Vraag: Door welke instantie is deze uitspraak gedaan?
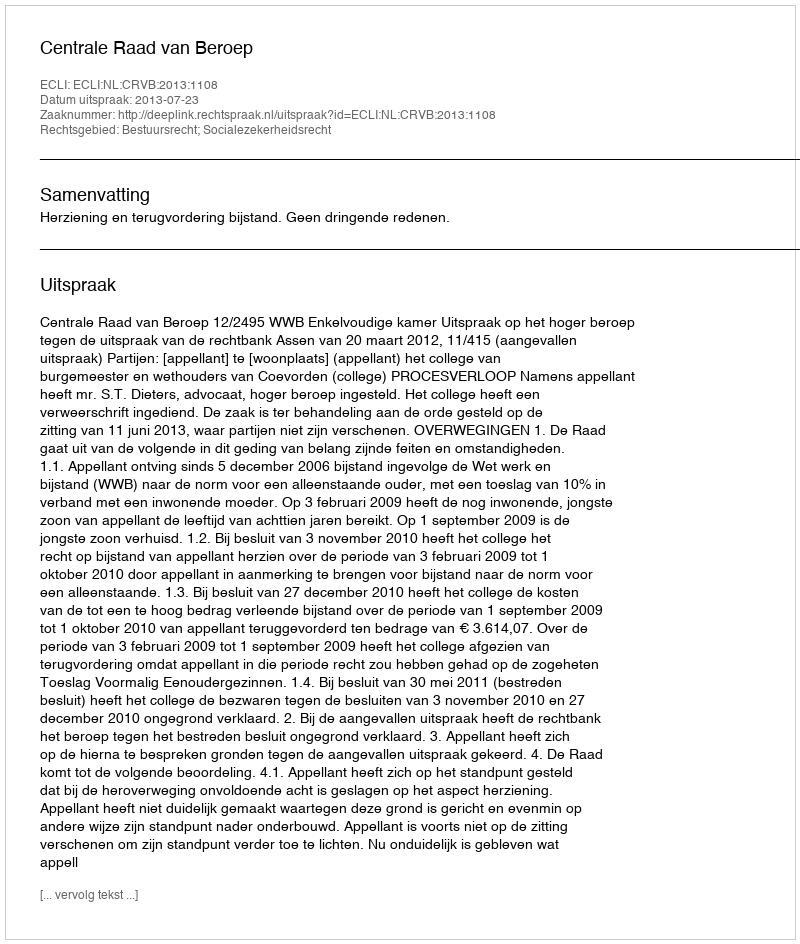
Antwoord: Centrale Raad van Beroep